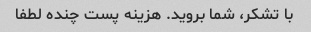
با تشکر، شما بروید. هزینه پست چنده لطفا